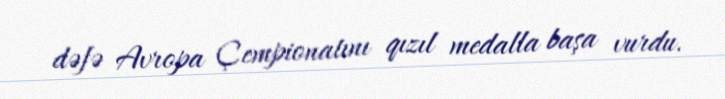
dəfə Avropa Çempionatını qızıl medalla başa vurdu.